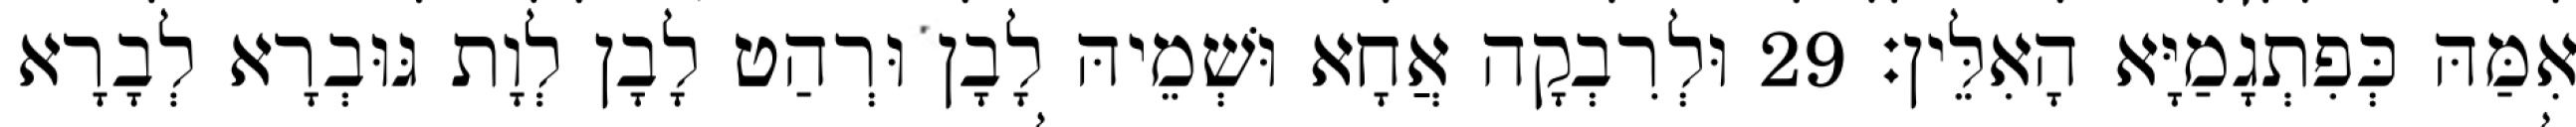
אִמַּהּ כְּפִתְגָמַיָּא הָאִלֵּין׃ 29 וּלְרִבְקָה אֲחָא וּשְׁמֵיהּ לָבָן וּרְהַט לָבָן לְוָת גּוּבְרָא לְבָרָא